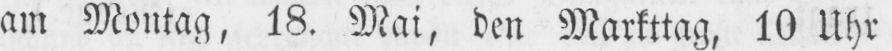
am Montag, 18. Mai, den Markttag, 10 Uhr